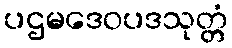
ပဌမဒေဝပဒသုတ္တံ